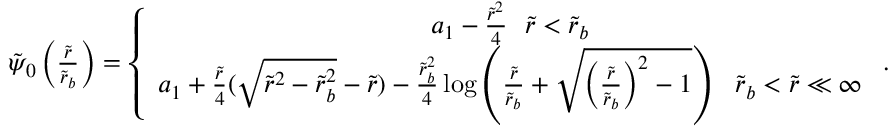
\begin{array} { r } { \tilde { \psi } _ { 0 } \left( \frac { \tilde { r } } { \tilde { r } _ { b } } \right) = \left\{ \begin{array} { c } { a _ { 1 } - \frac { \tilde { r } ^ { 2 } } { 4 } ~ ~ \tilde { r } < \tilde { r } _ { b } } \\ { a _ { 1 } + \frac { \tilde { r } } { 4 } ( \sqrt { \tilde { r } ^ { 2 } - \tilde { r } _ { b } ^ { 2 } } - \tilde { r } ) - \frac { \tilde { r } _ { b } ^ { 2 } } { 4 } \log \left( \frac { \tilde { r } } { \tilde { r } _ { b } } + \sqrt { \left( \frac { \tilde { r } } { \tilde { r } _ { b } } \right) ^ { 2 } - 1 } \right) ~ ~ \tilde { r } _ { b } < \tilde { r } \ll \infty } \end{array} \right. . } \end{array}